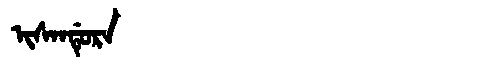
Manchu: ᡳᠰᠠᠨᡩᡠᡵᠠ
Romanization: ISANDURA